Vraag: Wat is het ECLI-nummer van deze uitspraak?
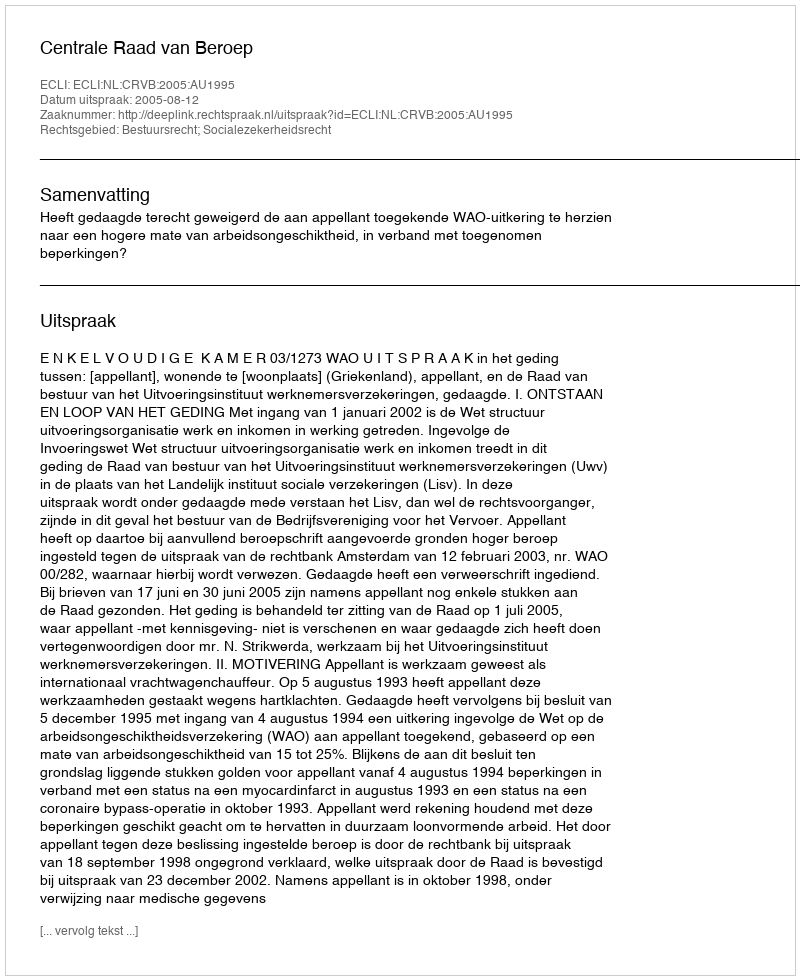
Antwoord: ECLI:NL:CRVB:2005:AU1995